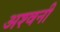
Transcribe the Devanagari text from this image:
अश्‍वनी